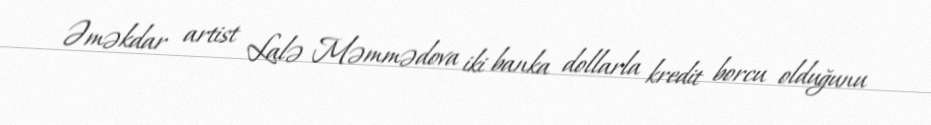
Əməkdar artist Lalə Məmmədova iki banka dollarla kredit borcu olduğunu